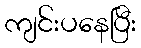
ကျင်းပနေပြီး